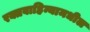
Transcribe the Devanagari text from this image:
रक्तवाहिन्यामधील